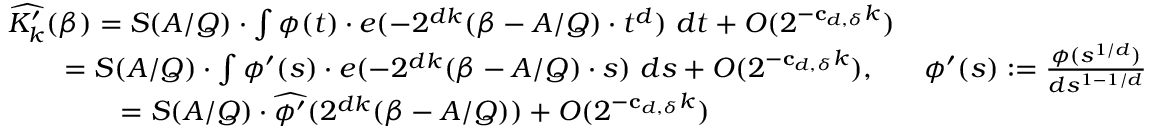
\begin{array} { r l } & { \widehat { K _ { k } ^ { \prime } } ( \beta ) = S ( A / Q ) \cdot \int \phi ( t ) \cdot e ( - 2 ^ { d k } ( \beta - A / Q ) \cdot t ^ { d } ) \ d t + O ( 2 ^ { - \mathbf { c } _ { d , \delta } k } ) } \\ & { \qquad = S ( A / Q ) \cdot \int \phi ^ { \prime } ( s ) \cdot e ( - 2 ^ { d k } ( \beta - A / Q ) \cdot s ) \ d s + O ( 2 ^ { - \mathbf { c } _ { d , \delta } k } ) , \; \; \; \; \; \; \phi ^ { \prime } ( s ) \mathrel { \mathop : } = \frac { \phi ( s ^ { 1 / d } ) } { d s ^ { 1 - 1 / d } } } \\ & { \qquad \qquad = S ( A / Q ) \cdot \widehat { \phi ^ { \prime } } ( 2 ^ { d k } ( \beta - A / Q ) ) + O ( 2 ^ { - \mathbf { c } _ { d , \delta } k } ) } \end{array}